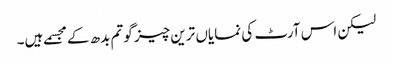
لیکن اس آرٹ کی نمایاں ترین چیز گوتم بدھ کے مجسمے ہیں۔